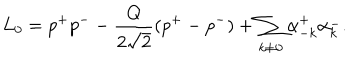
L _ { 0 } = p ^ { + } p ^ { - } - \frac { Q } { 2 \sqrt { 2 } } ( p ^ { + } - p ^ { - } ) + \sum _ { k \ne 0 } \alpha _ { - k } ^ { + } \alpha _ { k } ^ { - } .